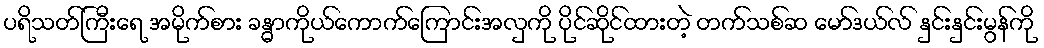
ပရိသတ်ကြီးရေ အမိုက်စား ခန္ဓာကိုယ်ကောက်ကြောင်းအလှကို ပိုင်ဆိုင်ထားတဲ့ တက်သစ်ဆ မော်ဒယ်လ် နှင်းနှင်းမွန်ကို